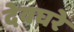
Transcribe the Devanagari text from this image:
देवघरे